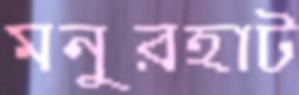
মনুরহাট